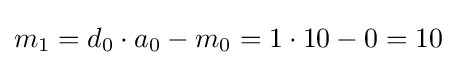
m_{1}=d_{0}\cdot a_{0}-m_{0}=1\cdot 10-0=10